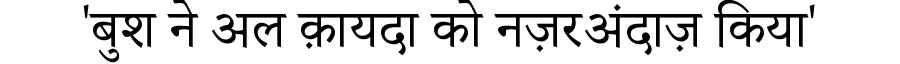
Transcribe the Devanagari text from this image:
'बुश ने अल क़ायदा को नज़रअंदाज़ किया'